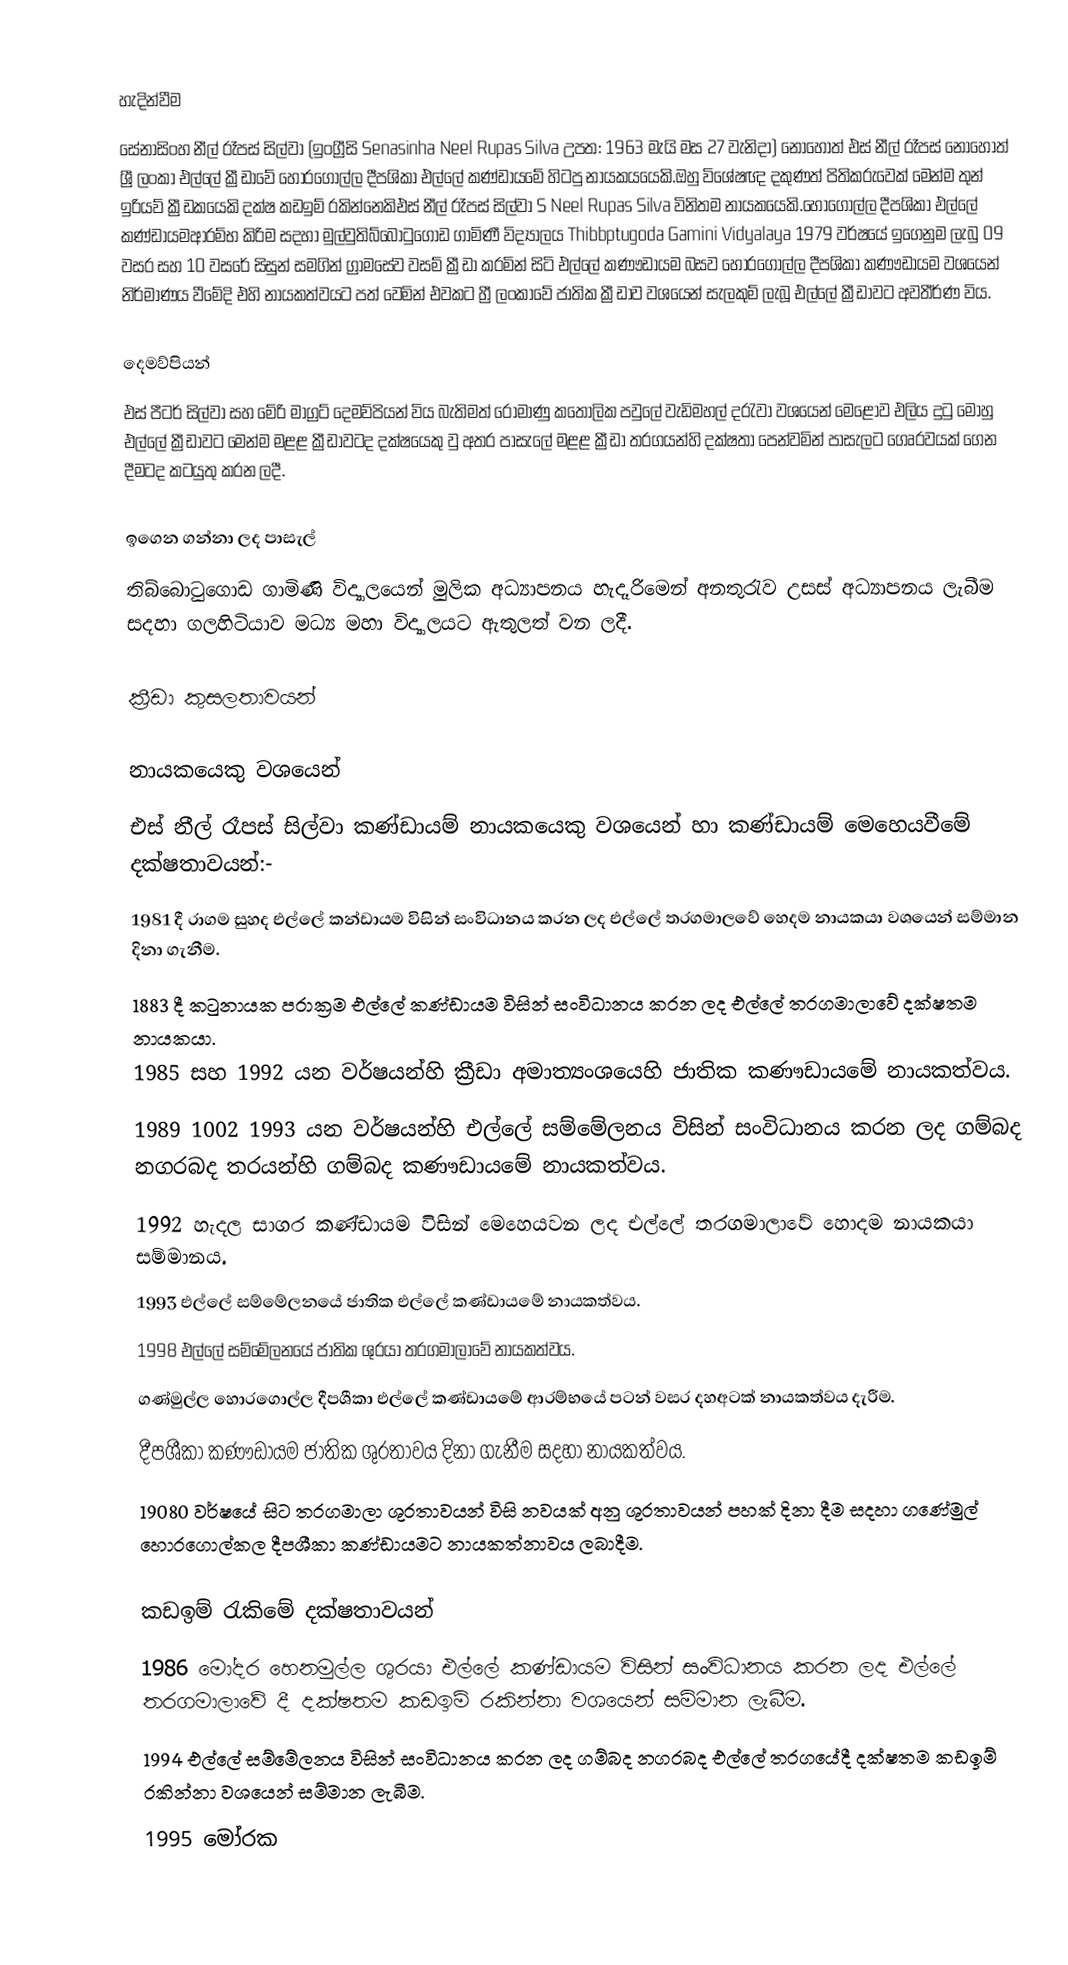

හැදින්වීම
සේනාසිංහ නීල් රෑපස් සිල්වා (ඉංග්‍රීසි Senasinha Neel Rupas Silva උපත: 1963 මැයි මස 27 වැනිදා) නොහොත් එස් නීල් රෑපස් නොහොත්  ශ්‍රී ලංකා එල්ලේ ක්‍රීඩාවේ හොරගොල්ල දීපශිකා එල්ලේ කණ්ඩායමේ හිටපු නායකයයෙකි.ඔහු විශේෂඥ දකුණත් පිතිකරුවෙක් මෙන්ම තුන් ඉරියව් ක්‍රීඩකයෙකි දක්ෂ කඩඉම් රකින්නෙකිඑස් නීල් රෑපස් සිල්වා S Neel Rupas Silva විනිතම නායකයෙකි.හොගොල්ල දීපශිකා එල්ලේ කණ්ඩායමආරම්භ කිරිම සදහා මුල්වුතිබ්බොටුගොඩ ගාමිණී විද්‍යාලය Thibbptugoda Gamini Vidyalaya 1979 වර්ෂයේ ඉගෙනුම ලැබු 09 වසර සහ 10 වසරේ සිසුන් සමගින් ග්‍රාමසේව වසම් ක්‍රීඩා කරමින් සිටි එල්ලේ කණෟඩායම බසව හොරගොල්ල දීපශිකා කණෟඩායම වශයෙන් නිර්මාණය වීමේදි එහි නායකත්වයට පත් වෙමින් එවකට හ්‍රී ලංකාවේ ජාතික ක්‍රීඩාව වශයෙන් සැලකුම් ලැබූ එල්ලේ ක්‍රීඩාවට අවතීර්ණ විය.

දෙමව්පියන්
එස් පීටර් සිල්වා සහ මේරි මාග්‍රට් දෙමව්පියන් විය බැතිමත් රොමාණු කතෝලික පවුලේ වැඩිමහල් දරැවා වශයෙන් මෙළොව එලිය දුටු මොහු එල්ලේ ක්‍රීඩාවට මෙන්ම මළළ ක්‍රීඩාවටද දක්ෂයෙකු වු අතර පාසැලේ මළළ ක්‍රීඩා තරගයන්හි දක්ෂතා පෙන්වමින් පාසැලට ගෙෘරවයක් ගෙන දීමටද කටයුතු කරන ලදී.

ඉගෙන  ගන්නා ලද පාසැල්
තිබ්බොටුගොඩ ගාමිණි විද්‍යාලයෙන් මුලික අධ්‍යාපනය හැදෑරිමෙන් අනතුරැව උසස් අධ්‍යාපනය ලැබීම සදහා ගලහිටියාව මධ්‍ය මහා විද්‍යාලයට ඇතුලත් වන ලදී.

ක්‍රීඩා කුසලතාවයන්

නායකයෙකු වශයෙන්
එස් නීල් රෑපස් සිල්වා කණ්ඩායම් නායකයෙකු වශයෙන් හා කණ්ඩායම් මෙහෙයවීමේ දක්ෂතාවයන්:-
 1981 දී රාගම සුහද එල්ලේ කන්ඩායම විසින් සංවිධානය කරන ලද එල්ලේ තරගමාලවේ හෙදම නායකයා වශයෙන් සම්මාන දිනා ගැනීම.
 1883 දී කටුනායක පරාක්‍රම එල්ලේ කණ්ඩායම විසින් සංවිධානය කරන ලද එල්ලේ තරගමාලාවේ දක්ෂතම නායකයා.
 1985 සහ 1992 යන වර්ෂයන්හි ක්‍රීඩා අමාත්‍යංශයෙහි ජාතික කණෟඩායමේ නායකත්වය.
 1989 1002 1993 යන වර්ෂයන්හි එල්ලේ සම්මේලනය විසින් සංවිධානය කරන ලද ගම්බද නගරබද තරයන්හි ගම්බද කණෟඩායමේ නායකත්වය.
 1992 හැදල සාගර කණ්ඩායම විසින් මෙහෙයවන ලද එල්ලේ තරගමාලාවේ හොදම නායකයා සම්මානය.
 1993 එල්ලේ සම්මේලනයේ ජාතික එල්ලේ කණ්ඩායමේ නායකත්වය.
 1998 එල්ලේ සම්මේලනයේ ජාතික ශුරයා තරගමාලාවේ නායකත්වය.
 ගණ්මුල්ල හොරගොල්ල දීපශීකා එල්ලේ කණ්ඩායමේ ආරම්භයේ පටන් වසර දහඅටක් නායකත්වය දැරීම.
 දීපශීකා කණෟඩායම ජාතික ශුරතාවය දිනා ගැනීම සදහා නායකත්වය.
 19080 වර්ෂයේ සිට තරගමාලා ශුරතාවයන් විසි නවයක් අනු ශුරතාවයන් පහක් දිනා දීම සදහා ගණේමුල් හොරගොල්කල දීපශීකා කණ්ඩායමට නායකත්නාවය ලබාදීම.

කඩඉම් රැකිමේ දක්ෂතාවයන්
 1986 මෝදර හෙනමුල්ල ශුරයා එල්ලේ කණ්ඩායම විසින් සංවිධානය කරන ලද එල්ලේ තරගමාලාවේ දී දක්ෂතම කඩඉම් රකින්නා වශයෙන් සම්මාන ලැබීම.
 1994 එල්ලේ සම්මේලනය විසින් සංවිධානය කරන ලද ගම්බද නගරබද එල්ලේ තරගයේදී දක්ෂතම කඩඉම් රකින්නා වශයෙන් සම්මාන ලැබීම.
 1995 මෝරක